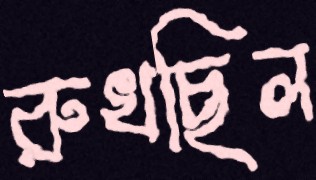
রুখছিল